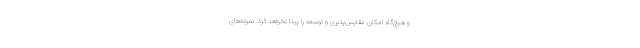
و هیچ‌گاه امکان مقایس‌پذیری و توسعه را پیدا نخواهد کرد. نمونه‌های